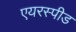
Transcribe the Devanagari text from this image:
एयरस्पीड